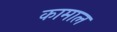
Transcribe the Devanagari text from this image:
कामाल